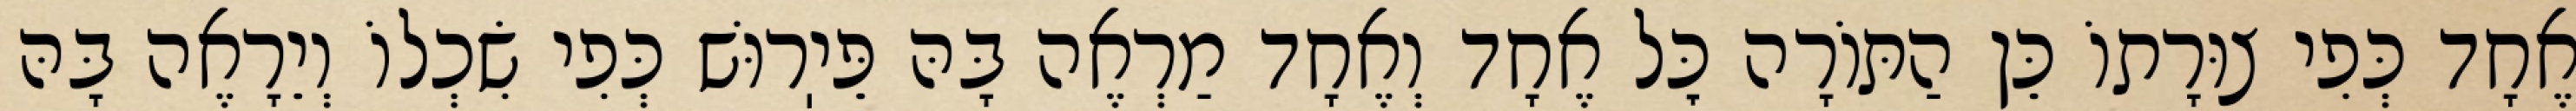
אֶחָד כְּפִי צוּרָתוֹ כֵּן הַתּוֹרָה כׇּל אֶחָד וְאֶחָד מַרְאֶה בָּהּ פֵּיֽרוּשׁ כְּפִי שִׂכְלוֹ וְיֵרָאֶה בָּהּ